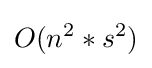
O(n^{2}*s^{2})